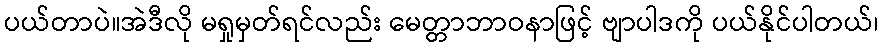
ပယ်တာပဲ။အဲဒီလို မရှုမှတ်ရင်လည်း မေတ္တာဘာဝနာဖြင့် ဗျာပါဒကို ပယ်နိုင်ပါတယ်၊